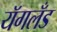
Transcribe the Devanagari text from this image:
यॅगलँड